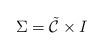
LaTeX: \begin{align*}\Sigma=\tilde{\cal{C}} \times I\end{align*}